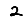
Digit: 2